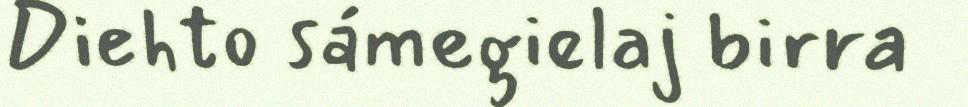
Diehto sámegielaj birra